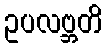
ဥပလဗ္ဘတိ